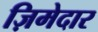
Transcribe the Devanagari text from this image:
ज़िमेदार